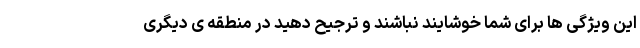
این ویژگی ها برای شما خوشایند نباشند و ترجیح دهید در منطقه ی دیگری